Scottish Leaving Certificate Examination, 1960
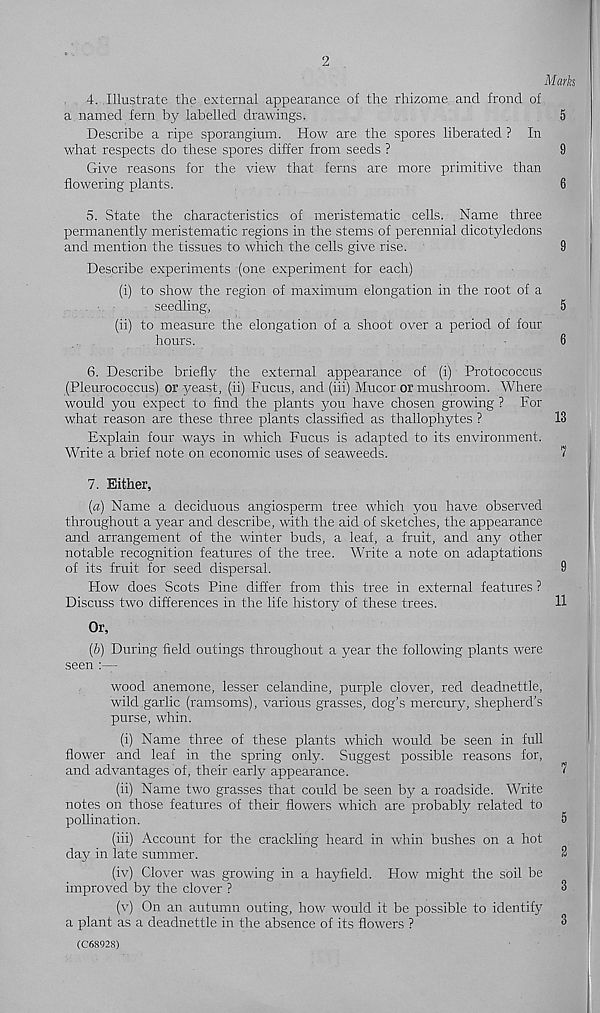
2
Marks
4. Illustrate the external appearance of the rhizome and frond of
a named fern by labelled drawings.
5
Describe a ripe sporangium. How are the spores liberated ? In
what respects do these spores differ from seeds ?
9
Give reasons for the view that ferns are more primitive than
flowering plants.
6
5. State the characteristics of meristematic cells. Name three
permanently meristematic regions in the stems of perennial dicotyledons
and mention the tissues to which the cells give rise.
9
Describe experiments (one experiment for each)
(i) to show the region of maximum elongation in the root of a
seedling,
5
(ii) to measure the elongation of a shoot over a period of four
hours.
6
6. Describe briefly the external appearance of (i) Protococcus
(Pleurocoecus) or yeast, (ii) Fucus, and (iii) Mucor or mushroom. Where
would you expect to find the plants you have chosen growing ? For
what reason are these three plants classified as thallophytes ?
13
Explain four ways in which Fucus is adapted to its environment.
Write a brief note on economic uses of seaweeds.
1
7. Either,
(a) Name a deciduous angiosperm tree which you have observed
throughout a year and describe, with the aid of sketches, the appearance
and arrangement of the winter buds, a leaf, a fruit, and any other
notable recognition features of the tree. Write a note on adaptations
of its fruit for seed dispersal.
9
Flow does Scots Pine differ from this tree in external features ?
Discuss two differences in the life history of these trees.
11
Or,
(b) During field outings throughout a year the following plants were
seen :—
wood anemone, lesser celandine, purple clover, red deadnettle,
wild garlic (ramsoms), various grasses, dog's mercury, shepherd’s
purse, whin.
(i) Name three of these plants which would be seen in full
flower and leaf in the spring only. Suggest possible reasons for,
and advantages of, their early appearance.
^
(ii) Name two grasses that could be seen by a roadside. Write
notes on those features of their flowers which are probably related to
pollination.
5
(iii) Account for the crackling heard in whin bushes on a hot
day in late summer.
3
(iv) Clover was growing in a hayfield. How might the soil be
improved by the clover ?
3
(v) On an autumn outing, how would it be possible to identify
a plant as a deadnettle in the absence of its flowers ?
3
(C6S928)